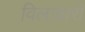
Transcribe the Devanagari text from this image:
विलावारों